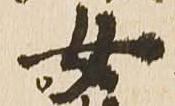
女